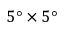
5 ° \times 5 °